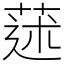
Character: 蒁